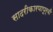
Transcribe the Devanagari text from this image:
सादरीकारणापूर्वी